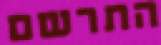
התרשם